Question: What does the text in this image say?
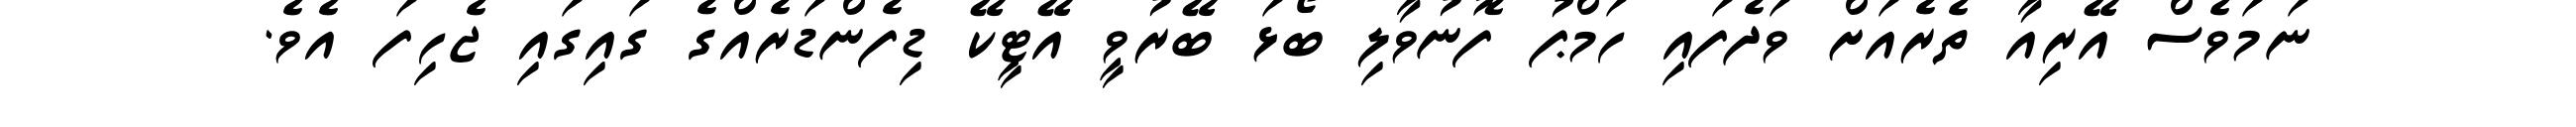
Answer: ނަމަވެސް އޭރިއާ ތެރެއަށް ވަދެފައި ހަމްޕު ފޮނުވާލި ބޯޅަ ބޭރުވީ އޭޓީކޭ ޑިފެންޑަރެއްގެ ގައިގައި ޖެހިފަ އެވެ.